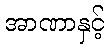
အာဏာနှင့်